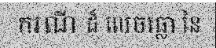
ករណី ដ៏ លេចធ្លោ នៃ